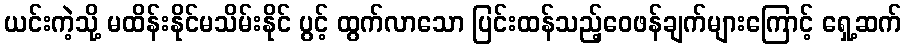
ယင်းကဲ့သို့ မထိန်းနိုင်မသိမ်းနိုင် ပွင့် ထွက်လာသော ပြင်းထန်သည့်ဝေဖန်ချက်များကြောင့် ရှေ့ဆက်